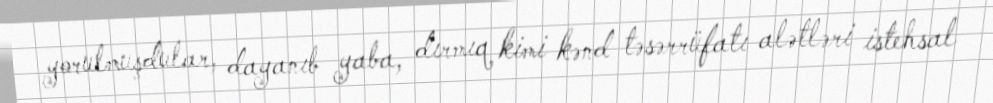
yorulmuşdular, dayanıb yaba, dırmıq kimi kənd təsərrüfatı alətləri istehsal